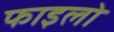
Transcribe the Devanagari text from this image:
फाइलो